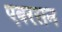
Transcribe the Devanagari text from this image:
एबरसन